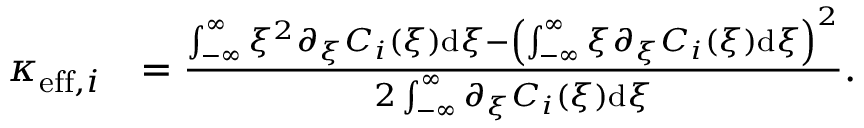
\begin{array} { r l } { \kappa _ { \mathrm { e f f } , i } } & { = \frac { \int _ { - \infty } ^ { \infty } \xi ^ { 2 } \partial _ { \xi } C _ { i } ( \xi ) \mathrm { d } \xi - \left( \int _ { - \infty } ^ { \infty } \xi \partial _ { \xi } C _ { i } ( \xi ) \mathrm { d } \xi \right) ^ { 2 } } { 2 \int _ { - \infty } ^ { \infty } \partial _ { \xi } C _ { i } ( \xi ) \mathrm { d } \xi } . } \end{array}